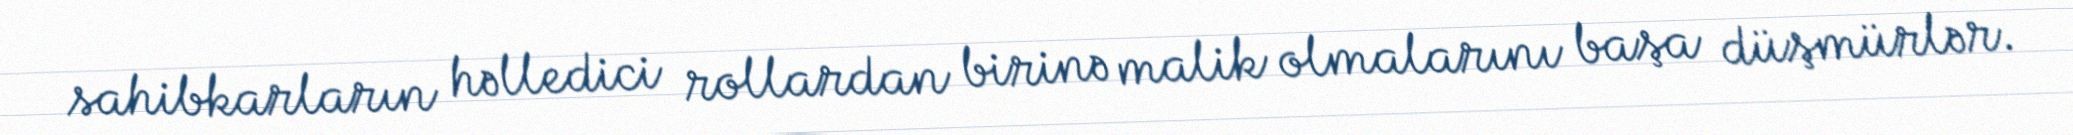
sahibkarların həlledici rollardan birinə malik olmalarını başa düşmürlər.